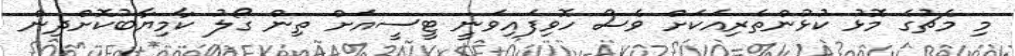
މި މެޗުގެ މޮޅު ކުޅުންތެރިއަކަށް ވެސް ހޮވިފައިވަނީ ޓީސީއަށް ތިން ގޯލު ކާމިޔާބުކޮށްދިން